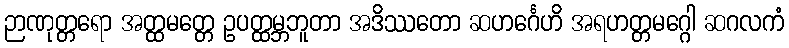
ဉာဏုတ္တရော အတ္ထမတ္တေ ဥပတ္ထမ္ဘဘူတာ အဒိဿတော ဆဟင်္ဂေဟိ အရဟတ္တမဂ္ဂေါ ဆဂလကံ